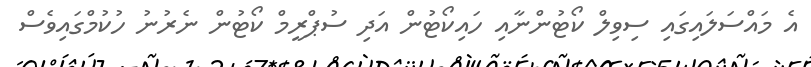
އެ މައްސަލައިގައި ސިވިލް ކޯޓުންނާއި ހައިކޯޓުން އަދި ސުޕްރީމް ކޯޓުން ނެރުނު ހުކުމްގައިވެސް